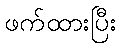
ဖက်ထားပြီး